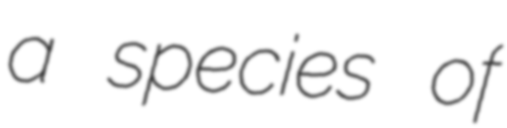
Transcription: a species of